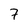
Character: 7